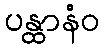
ပန္ထာနံဝ